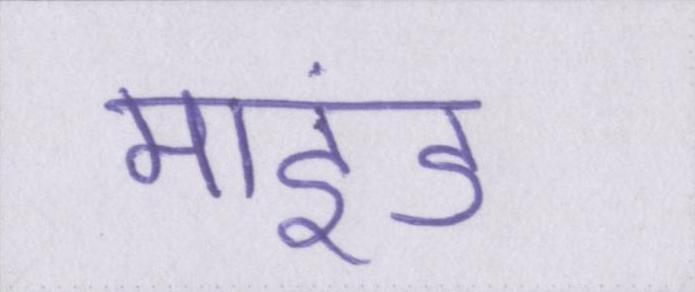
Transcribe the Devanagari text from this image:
माइंड